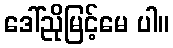
ဒေါ်ညိုမြင့်မေ ပါ။